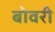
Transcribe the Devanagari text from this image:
बोवरी